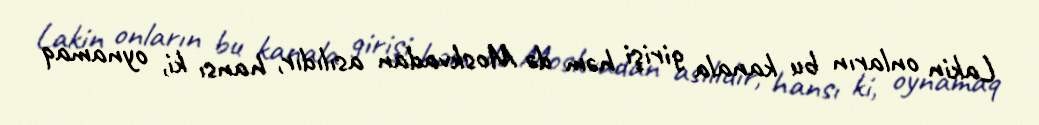
Lakin onların bu kanala girişi həm də Moskvadan asılıdır, hansı ki, oynamaq